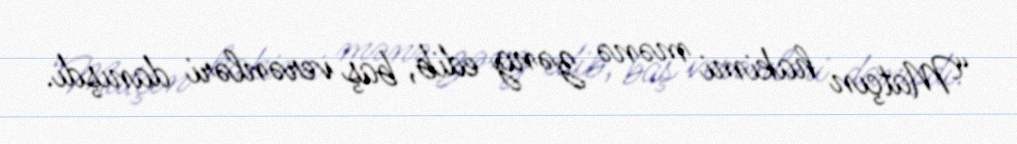
“Matçın hakimi mənə zəng edib, baş verənləri danışdı.